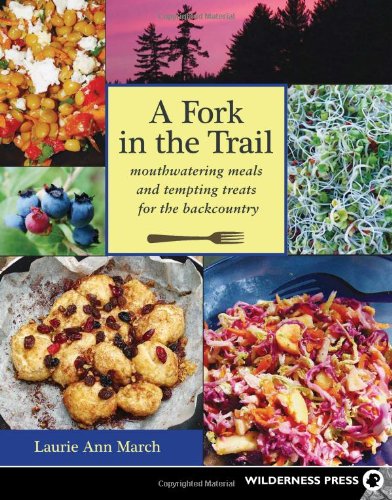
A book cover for Fork in the Trail: Mouthwatering Meals and Tempting Treats for the Backcountry; Laurie Ann March; Cookbooks, Food & Wine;